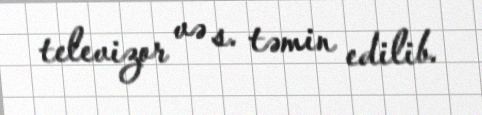
televizor və s. təmin edilib.